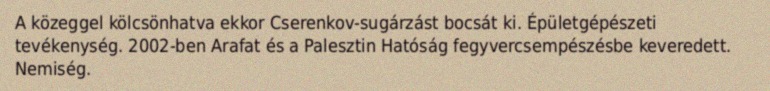
A közeggel kölcsönhatva ekkor Cserenkov-sugárzást bocsát ki. Épületgépészeti tevékenység. 2002-ben Arafat és a Palesztin Hatóság fegyvercsempészésbe keveredett. Nemiség.